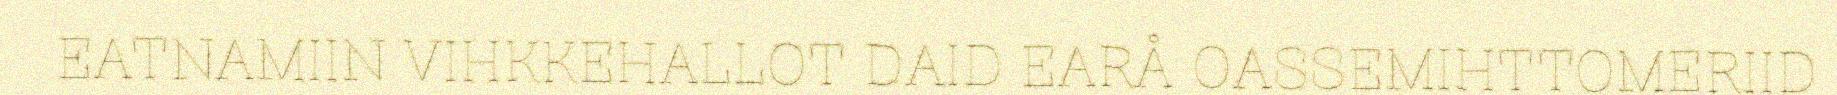
EATNAMIIN VIHKKEHALLOT DAID EARÅ OASSEMIHTTOMERIID